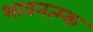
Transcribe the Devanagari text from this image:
भावनत्म्क